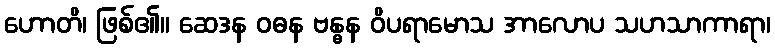
ဟောတိ၊ ဖြစ်၏။ ဆေဒန ဝဓန ဗန္ဓန ဝိပရာမောသ အာလောပ သဟသာကာရာ၊